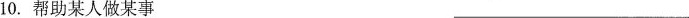
10.帮助某人做某事 ___